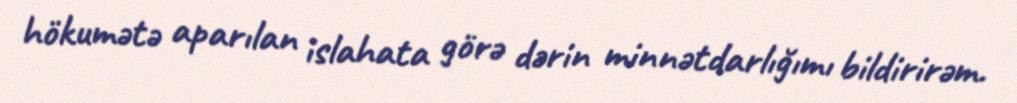
hökumətə aparılan islahata görə dərin minnətdarlığımı bildirirəm.